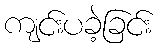
ကျင်းပခဲ့ခြင်း